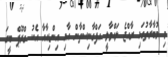
މި މުބާރާތުގައި ރާއްޖެ ލައްވާލީ އަފްގާނިސްތާން އާއި އިންޑިއާއާ އެކު ގްރޫޕް ބީގަ